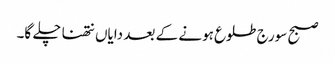
صبح سورج طلوع ہونے کے بعد دایاں نتھنا چلے گا۔